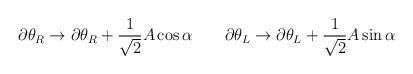
LaTeX: \begin{align*}\partial \theta_R \rightarrow \partial \theta_R + \frac{1}{\sqrt{2}} A \cos \alpha \;\;\;\;\;\;\; \partial \theta_L \rightarrow \partial \theta_L + \frac{1}{\sqrt{2}} A \sin \alpha \end{align*}